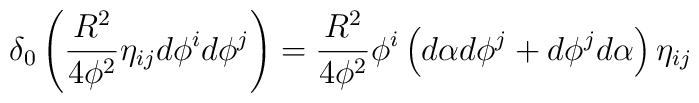
\delta_{0}\left(\frac{R^2}{4\phi^2}\eta_{ij} d\phi^i d\phi^j\right)=\frac{R^2}{4\phi^2}\phi^i\left(d\alpha d\phi^j+d\phi^j d\alpha\right)\eta_{ij}